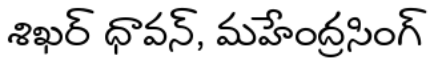
శిఖర్ ధావన్, మహేంద్రసింగ్